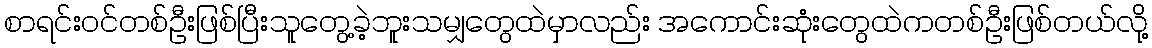
စာရင်းဝင်တစ်ဦးဖြစ်ပြီးသူတွေ့ခဲ့ဘူးသမျှတွေထဲမှာလည်း အကောင်းဆုံးတွေထဲကတစ်ဦးဖြစ်တယ်လို့